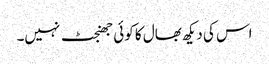
اس کی دیکھ بھال کا کوئی جھنجٹ نہیں۔